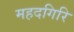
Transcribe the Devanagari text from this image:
महदगिरि